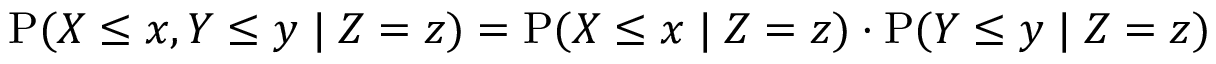
\mathrm { P } ( X \leq x , Y \leq y \; | \; Z = z ) = \mathrm { P } ( X \leq x \; | \; Z = z ) \cdot \mathrm { P } ( Y \leq y \; | \; Z = z )